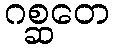
ဂစ္ဆတေ